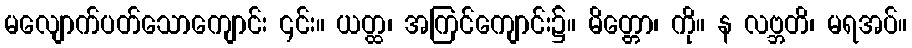
မလျောက်ပတ်သောကျောင်း ၎င်း။ ယတ္ထ၊ အကြင်ကျောင်း၌။ မိတ္တော၊ ကို။ န လဗ္ဘတိ၊ မရအပ်။